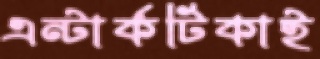
এন্টার্কটিকাই